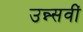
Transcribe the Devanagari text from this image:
उन्न्सवीं